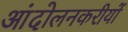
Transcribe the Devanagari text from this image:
आंदोलनकरीयों